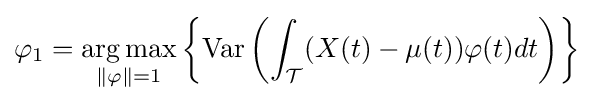
\varphi _{1}={\underset {\Vert \mathbf {\varphi } \Vert =1}{\operatorname {arg\,max} }}\left\{\operatorname {Var} \left(\int _{\mathcal {T}}(X(t)-\mu (t))\varphi (t)dt\right)\right\}